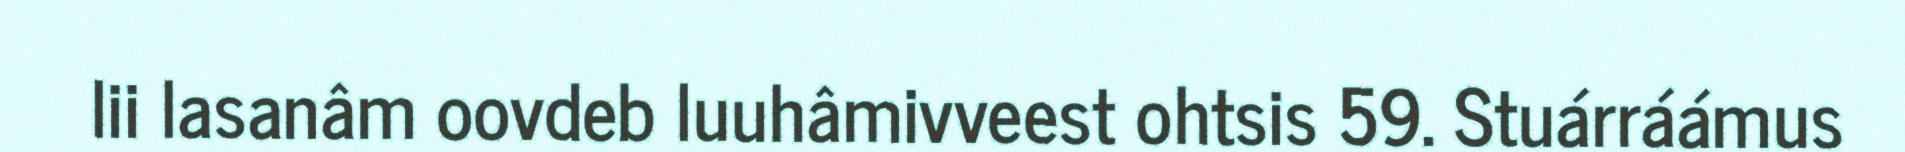
lii lasanâm oovdeb luuhâmivveest ohtsis 59. Stuárráámus